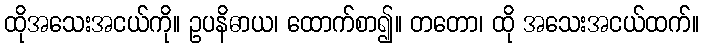
ထိုအသေးအငယ်ကို။ ဥပနိဓာယ၊ ထောက်စာ၍။ တတော၊ ထို အသေးအငယ်ထက်။